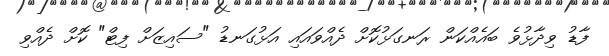
ފާޑު ވިދާޅުވެ ބައެއްކަން ރަނގަޅުކޮށް ދެއްވައައި އަޅުގަނޑު "ސައިޒަށް ފިޓް" ކޮށް ދެއްވި